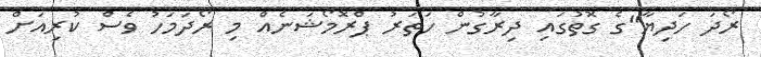
ރޯދަ ހަދިޔާ"ގެ ގޮތުގައި ދިރާގުން ހަތަރު ޕްރޮމޯޝަނެއް މި ރޯދަމަހު ވެސް ކުރިއަށް